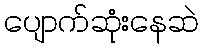
ပျောက်ဆုံးနေဆဲ